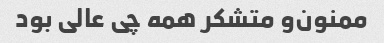
ممنون‌و متشکر همه چی عالی بود